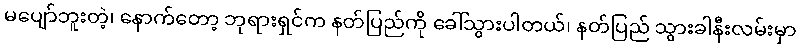
မပျော်ဘူးတဲ့၊ နောက်တော့ ဘုရားရှင်က နတ်ပြည်ကို ခေါ်သွားပါတယ်၊ နတ်ပြည် သွားခါနီးလမ်းမှာ